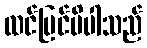
ထင်မြင်မိပါသည်